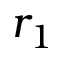
r _ { 1 }